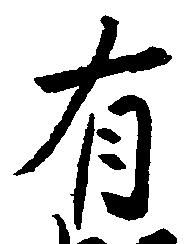
有